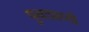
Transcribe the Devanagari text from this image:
पुनःप्राप्ती